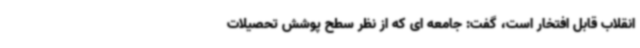
انقلاب قابل افتخار است، گفت: جامعه ای که از نظر سطح پوشش تحصیلات